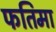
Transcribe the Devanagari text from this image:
फतिमा